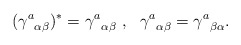
\begin{align*}({\gamma^{a}}_{\alpha\beta})^{\ast}={\gamma^{a}}_{\alpha\beta}\ ,\ \ {\gamma^{a}}_{\alpha\beta}={\gamma^{a}}_{\beta\alpha}.\end{align*}